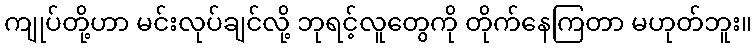
ကျုပ်တို့ဟာ မင်းလုပ်ချင်လို့ ဘုရင့်လူတွေကို တိုက်နေကြတာ မဟုတ်ဘူး။